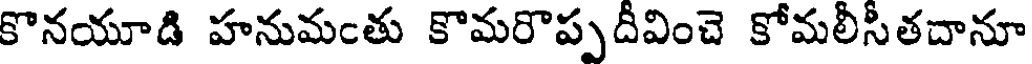
కొనయూడి హనుమంతు కొమరొప్పదీవించె కోమలీసీతదానూ